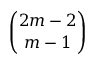
\binom { 2 m - 2 } { m - 1 }